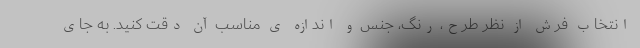
انتخاب فرش از نظر طرح، رنگ، جنس و اندازه ی مناسب آن دقت کنید. به جای